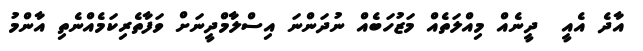
އާދެ އެއީ  ދީނެއް މިއްލަތެއް މަޒުހަބެއް ނުދަންނަ އިސްލާމްދީނަށް ވަފާތެރިކަމެއްނެތި އާންމު